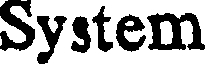
System